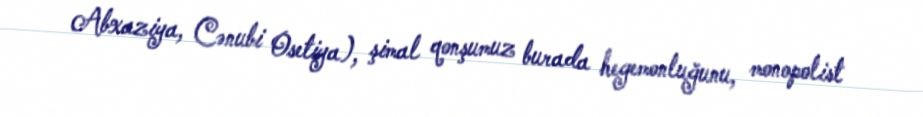
Abxaziya, Cənubi Osetiya), şimal qonşumuz burada hegemonluğunu, monopolist